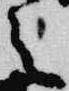
言